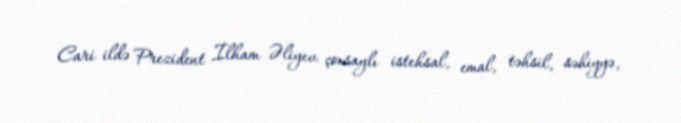
Cari ildə Prezident İlham Əliyev çoxsaylı istehsal, emal, təhsil, səhiyyə,